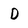
Character: D